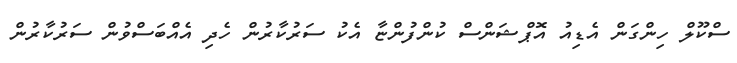
ސްކޫލް ހިންގަން އެޑިއު އޮޕްޝަންސް ކުންފުންޏާ އެކު ސަރުކާރުން ހެދި އެއްބަސްވުން ސަރުކާރުން